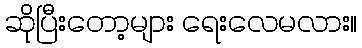
ဆိုပြီးတော့များ ရေးလေမလား။